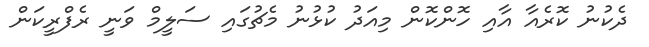
ދެކުނު ކޮރެއާ އާއި ހޮންކޮން މިއަދު ކުޅުނު މެޗުގައި ސަލީމް ވަނީ ރެފްރީކަން